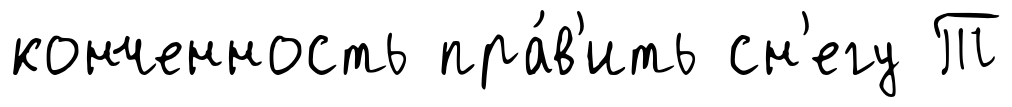
конченность пра́в'ить сн'егу Т